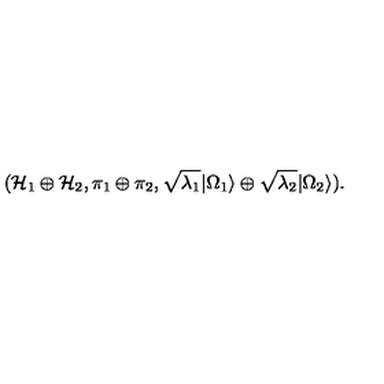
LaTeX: ( { \cal H } _ { 1 } \oplus { \cal H } _ { 2 } , \pi _ { 1 } \oplus \pi _ { 2 } , \sqrt { \lambda _ { 1 } } | \Omega _ { 1 } \rangle \oplus \sqrt { \lambda _ { 2 } } | \Omega _ { 2 } \rangle ) .